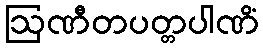
ဩဏီတပတ္တပါဏိံ